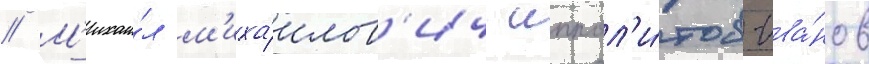
// М'ихаи́л м'иха́илов'ич иппол'и́тов-ива́нов